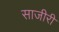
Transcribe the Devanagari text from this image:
साजीरी